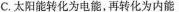
C.太阳能转化为电能，再转化为内能